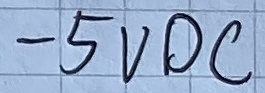
Text: -5VDC